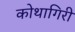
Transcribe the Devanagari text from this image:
कोथागिरी